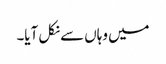
میں وہاں سے نکل آیا۔